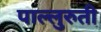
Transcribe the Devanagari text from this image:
पाल्लुरुती